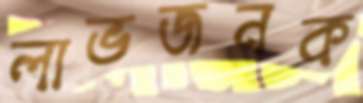
লাভজনক